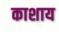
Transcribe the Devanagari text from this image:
काशाय